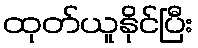
ထုတ်ယူနိုင်ပြီး